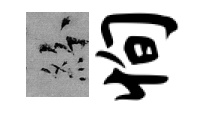
紛恂